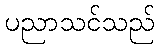
ပညာသင်သည်